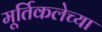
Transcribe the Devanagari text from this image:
मूर्तिकलेच्या